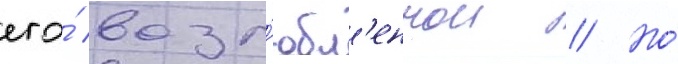
его́ возл'юбл'еннои // Но́